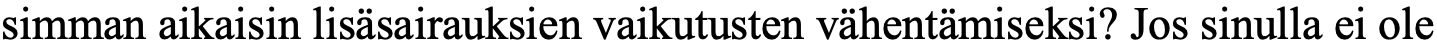
simman aikaisin lisäsairauksien vaikutusten vähentämiseksi? Jos sinulla ei ole